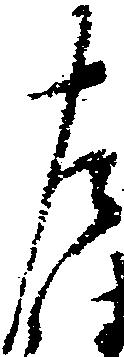
左